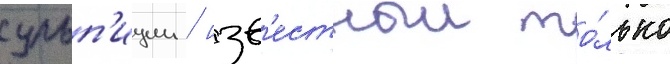
сульп'иции / изв'естныи то́лько